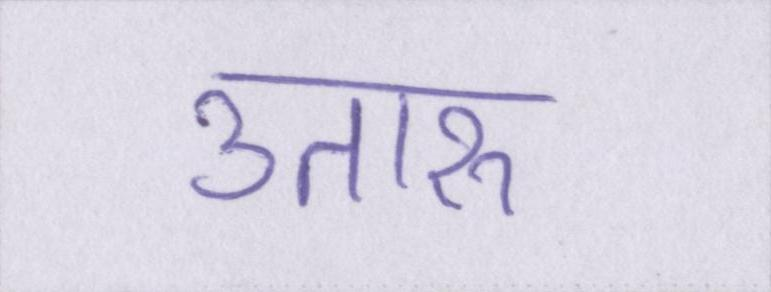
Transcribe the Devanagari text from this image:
उतारू